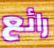
رائع